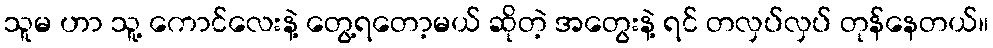
သူမ ဟာ သူ့ ကောင်လေးနဲ့ တွေ့ရတော့မယ် ဆိုတဲ့ အတွေးနဲ့ ရင် တလှပ်လှပ် တုန်နေတယ်။